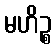
မဟိဉ္စ